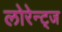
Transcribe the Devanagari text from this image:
लोरेन्ट्ज